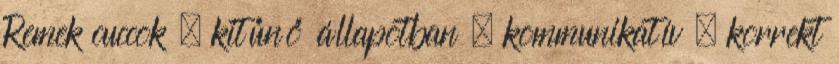
Remek cuccok , kitűnő állapotban , kommunikatív , korrekt